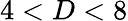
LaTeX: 4<D<8